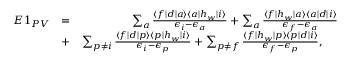
\begin{array} { r l r } { E 1 _ { P V } } & { = } & { \sum _ { a } \frac { \langle f | d | a \rangle \langle a | h _ { w } | i \rangle } { \epsilon _ { i } - \epsilon _ { a } } + \sum _ { a } \frac { \langle f | h _ { w } | a \rangle \langle a | d | i \rangle } { \epsilon _ { f } - \epsilon _ { a } } } \\ & { + } & { \sum _ { p \ne i } \frac { \langle f | d | p \rangle \langle p | h _ { w } | i \rangle } { \epsilon _ { i } - \epsilon _ { p } } + \sum _ { p \ne f } \frac { \langle f | h _ { w } | p \rangle \langle p | d | i \rangle } { \epsilon _ { f } - \epsilon _ { p } } , \ \ \ \ } \end{array}